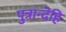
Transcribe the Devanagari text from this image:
पुत्रान्देहि